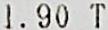
1.90 T